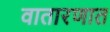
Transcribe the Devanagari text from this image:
वातारणात